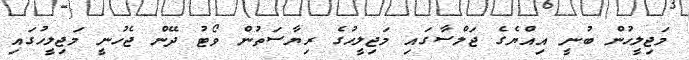
މަޖިލީހުން ބުނީ އިއްޔެގެ ޖަލްސާގައި މަޖިލީހުގެ ރިޔާސަތުން ވޯޓު ދޭން ޖެހުނީ މަޖިލީހުގައި